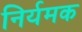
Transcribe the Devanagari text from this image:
निर्यमक